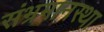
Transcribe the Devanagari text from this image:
संभ्रमानस्था